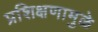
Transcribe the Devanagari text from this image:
प्रशिक्षणामुळे